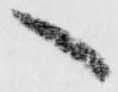
へ